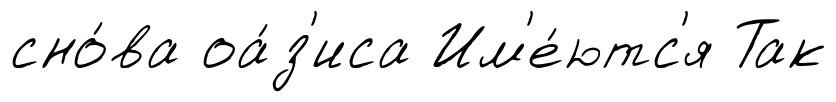
сно́ва оа́з'иса Им'е́ютс'я Так